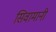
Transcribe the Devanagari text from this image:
सिवामानी